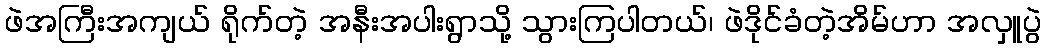
ဖဲအကြီးအကျယ် ရိုက်တဲ့ အနီးအပါးရွာသို့ သွားကြပါတယ်၊ ဖဲဒိုင်ခံတဲ့အိမ်ဟာ အလှူပွဲ